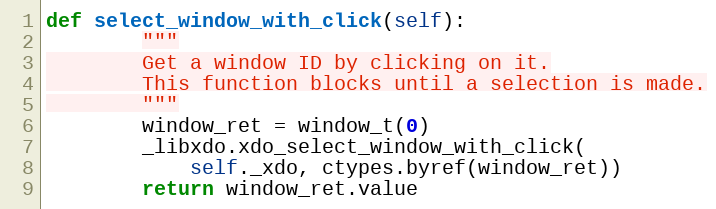
Language: Python
def select_window_with_click(self):
        """
        Get a window ID by clicking on it.
        This function blocks until a selection is made.
        """
        window_ret = window_t(0)
        _libxdo.xdo_select_window_with_click(
            self._xdo, ctypes.byref(window_ret))
        return window_ret.value